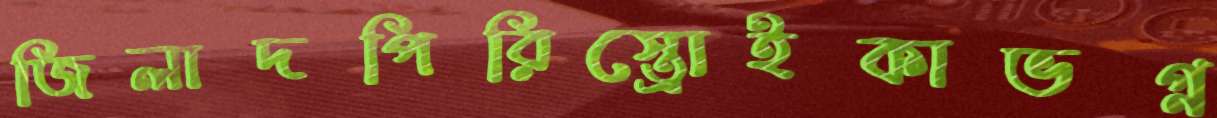
জিলাদপিরিস্ত্রোইকাভগ্ন